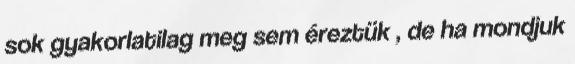
sok gyakorlatilag meg sem éreztük , de ha mondjuk